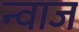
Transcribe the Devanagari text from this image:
न्वाज